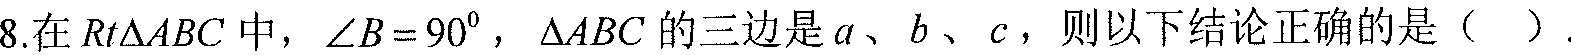
8.在\(Rt\triangle ABC\)中，\(\angle B = 90^{\circ}\)，\(\triangle ABC\)的三边是\(a\)、\(b\)、\(c\)，则以下结论正确的是（  ）.